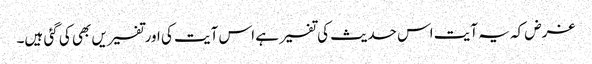
غرض کہ یہ آیت اس حدیث کی تفسیر ہے اس آیت کی اورتفسیریں بھی کی گئی ہیں۔